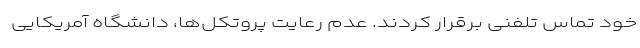
خود تماس تلفنی برقرار کردند. عدم رعایت پروتکل‌ها، دانشگاه آمریکایی